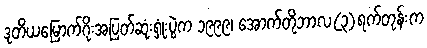
ဒုတိယမြောက်ဂိုးအပြတ်ဆုံးရှုံးပွဲက ၁၉၉၉၊ အောက်တိုဘာလ(၃)ရက်တုန်းက